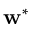
{ \bf w } ^ { * }